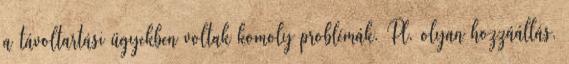
a távoltartási ügyekben voltak komoly problémák. Pl. olyan hozzáállás,